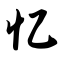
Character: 忆